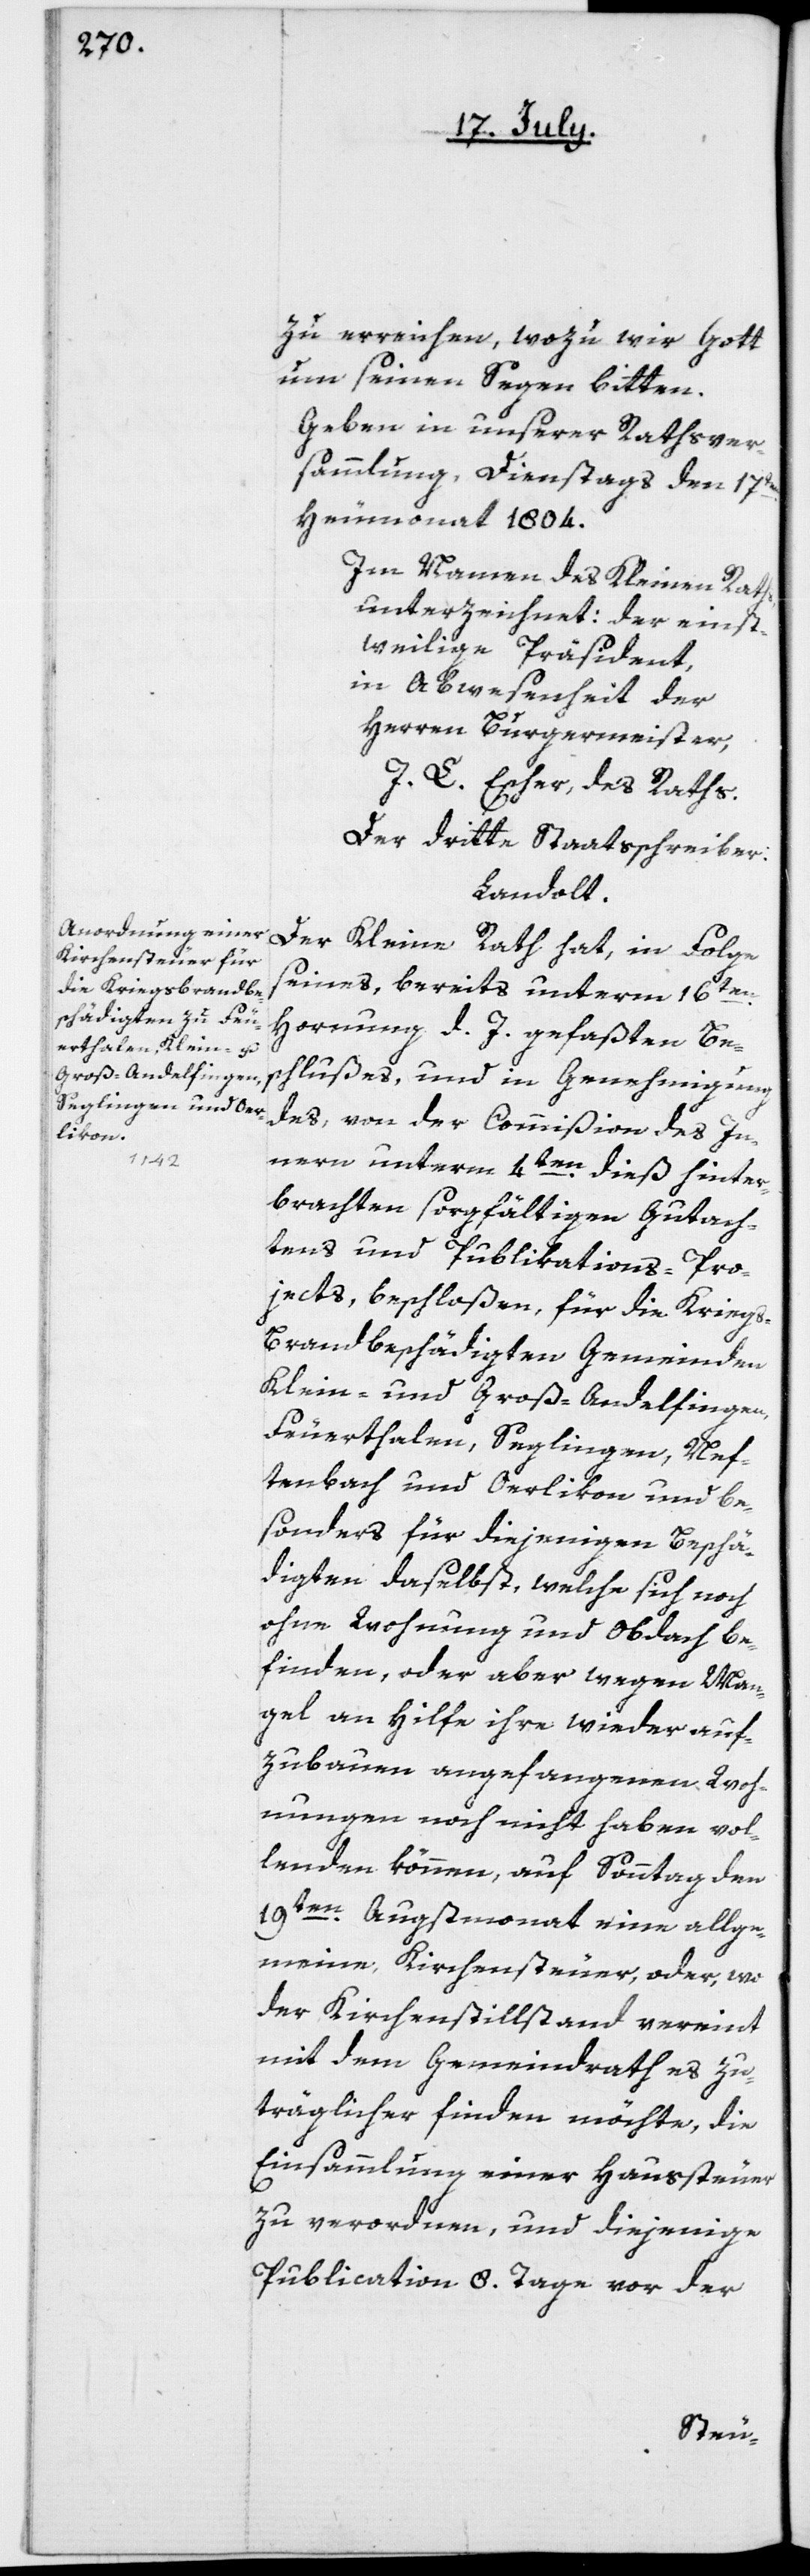
zu erreichen, wozu wir Gott
um seinen Segen bitten.
Geben in unserer Rathsver¬
sammlung, Dienstags den 17ten
Heumonat 1804.
Im Namen des Kleinen Raths
unterzeichnet der einst¬
weilige Präsident,
in Abwesenheit der
Herren Burgermeister,
J. L. Escher, des Raths.
Der dritte Staatsschreiber:
Landolt.
Der Kleine Rath hat, in Folge
seines, bereits unterm 16ten
Hornung d. J. gefaßten Be¬
schlußes, und in Genehmigung
des, von der Commißion des In¬
nern unterm 4ten dieß hinter¬
brachten sorgfältigen Gutach¬
tens und Publikations-Pro¬
jects, beschloßen, für die Krieg¬
s-Brandbeschädigten Gemeinden
Klein- und Groß-Andelfingen,
Feuerthalen, Seglingen, Nef¬
tenbach und Oerlikon, und be¬
sonders für diejenigen Beschä¬
digten daselbst, welche sich noch
ohne Wohnung und Obdach be¬
finden, oder aber wegen Man¬
gel an Hilfe ihre wieder auf¬
zubauen angefangenen Woh¬
nungen noch nicht haben vol¬
lenden können, auf Sonntag den
19ten Augstmonat eine allge¬
meine Kirchensteuer, oder, wo
der Kirchenstillstand vereint
mit dem Gemeindrath es zu¬
träglicher finden möchte, die
Einsammlung einer Haussteuer
zu verordnen, und diejenige
Publication 8. Tage vor der